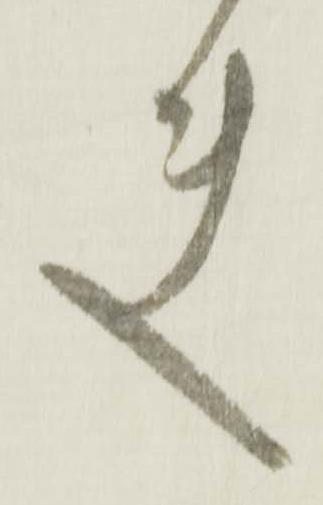
夫